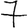
Digit: 7